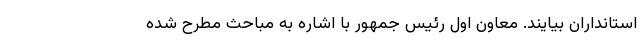
استانداران بیایند. معاون اول رئیس جمهور با اشاره به مباحث مطرح شده